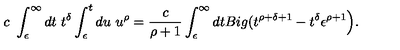
c \ \int _ { \epsilon } ^ { \infty } d t \ t ^ { \delta } \int _ { \epsilon } ^ { t } d u \ u ^ { \rho } = \frac { c } { \rho + 1 } \int _ { \epsilon } ^ { \infty } d t B i g ( t ^ { \rho + \delta + 1 } - t ^ { \delta } \epsilon ^ { \rho + 1 } \Big ) .